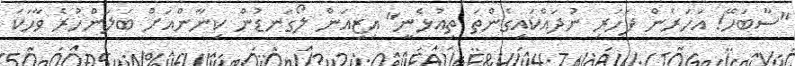
"ސާބަހޭ! އަހަރެން ފަހަރި ނުދައްކައިގެންތަ ތިއުޅެނީ" އިޒިއަން ލޯގަނޑުން ކިނާންއަށް ބަލަންހުރެ ވާހަކަ